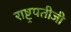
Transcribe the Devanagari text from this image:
राष्ट्रपतीजी